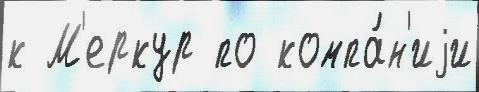
к М'еркур по компа́н'иjи